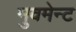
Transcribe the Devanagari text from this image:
मुवमेन्ट